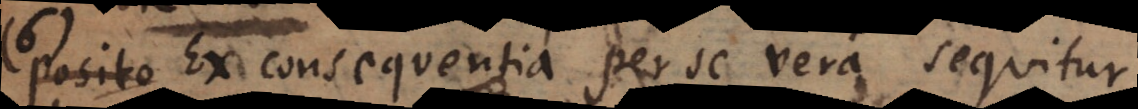
posito Ex consequentia per se vera sequitur